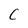
Character: C